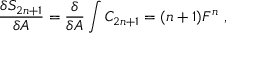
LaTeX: \frac { \delta S _ { 2 n + 1 } } { \delta A } = \frac { \delta } { \delta A } \int C _ { 2 n + 1 } = ( n + 1 ) F ^ { n } \ ,